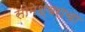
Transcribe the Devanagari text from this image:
सोमेश्वराचा